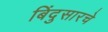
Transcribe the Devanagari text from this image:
बिंदुसारचे